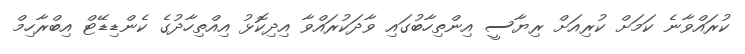
ކުރައްވާނެ ކަމަށް ކުރިއަށް ރިޔާސީ އިންތިހާބުގައި ވާދަކުރައްވާ އިދިކޮޅު އިއްތިހާދުގެ ކެންޑިޑޭޓް އިބްރާހިމް